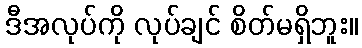
ဒီအလုပ်ကို လုပ်ချင် စိတ်မရှိဘူး။